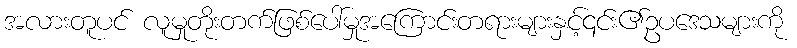
အလားတူပင် လူမှုတိုးတက်ဖြစ်ပေါ်မှုအကြောင်းတရားများနှင့်၎င်း၏ဥပဒေသများကို